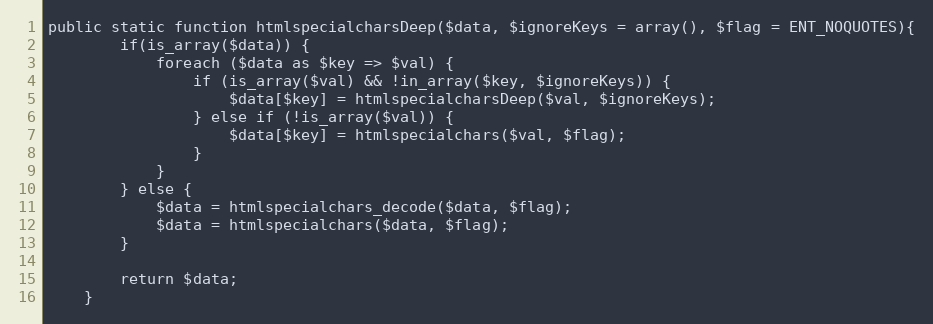
Language: PHP
public static function htmlspecialcharsDeep($data, $ignoreKeys = array(), $flag = ENT_NOQUOTES){
		if(is_array($data)) {
			foreach ($data as $key => $val) {
				if (is_array($val) && !in_array($key, $ignoreKeys)) {
					$data[$key] = htmlspecialcharsDeep($val, $ignoreKeys);
				} else if (!is_array($val)) {
					$data[$key]	= htmlspecialchars($val, $flag);
				}
			}
		} else {
			$data = htmlspecialchars_decode($data, $flag);
			$data = htmlspecialchars($data, $flag);
		}

		return $data;
	}